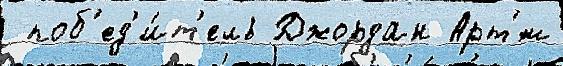
 поб'ед'и́т'ель Джордан Арт'́м